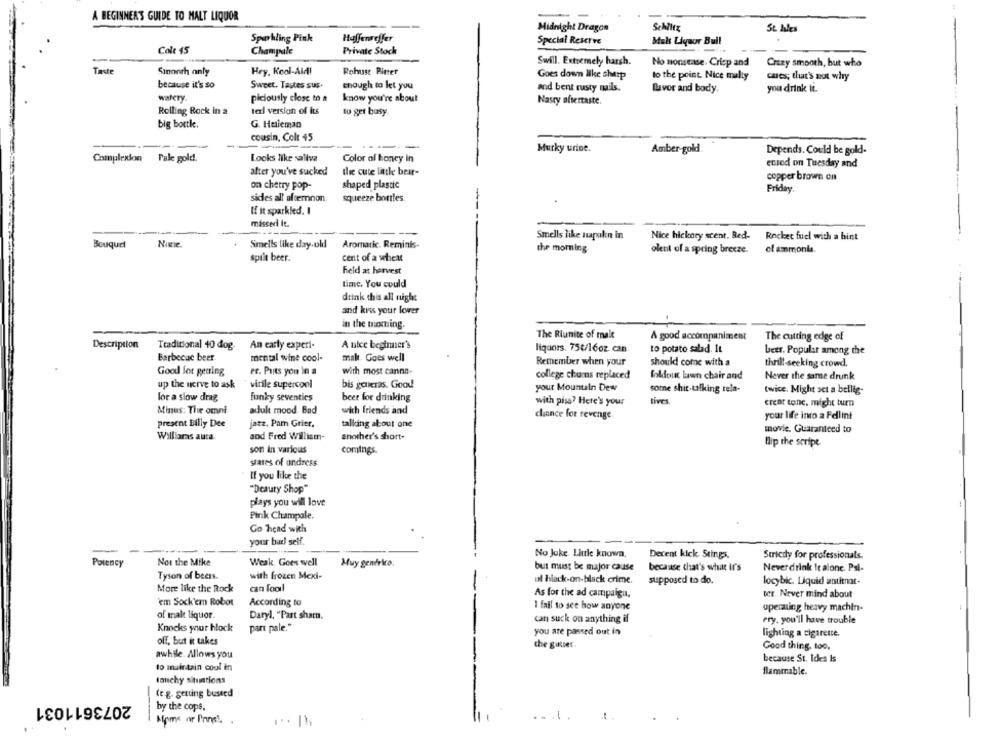
A BEGINNER'S GUIDE TO MALT LIQUOR
Midnight Dragon
Schiltz
St. hles
Sparkling Pink
Haffenreffer
Special Reserve
Malt Liquor Bull
Cole 45
Champale
Private Stock
Swill. Extremely harsh.
No nonsense. Crisp and
Crazy smooth, but who
Taste
Sinonth anly
Hry. Kool-Aid!
Robust Ritter
Goes down like sharp
to the point. Nice malty
cues; that's not why
because it's so
Sweet. Tastes suş.
though to let you
and bent rusty mails.
favor and body.
you drink it.
wafery.
piciously close to a
know you're about
Nasry aftertaste.
Rolling Rock in a
tal version of its
to get busy
big bottle.
G. Heleman
cousin, Colt 45.
Murky urine.
Amber-gold
Depends. Could be gold-
Complexion Fale gold.
Looks like saliva
Color of honey in
ecsed on Tuesday and
after you've sucked
the cute little bear-
copper brown on
shaped plastic
on chetry pop-
Friday,
sides all afternoon
squeeze bortles
If it sparkled. I
missed it.
Smells like tapakn in
Nice hickory scent, Red-
Rocket fuel with a hint
None.
Smells like day-ohl
Aromatic. Reminis-
Bouquet
the morning.
olent of a spring breeze.
of ammonia.
spilt beer.
cent of a wheat
Feld at harvest
time. You could
dtink this all night
and kiss your lover
in the moming.
The Riunite of male
A good accompaniment
The cutting edge of
Description
Traditional 40 dog.
An early experi-
A nice beginner's
liqueurs. 754/16oz can
to potato salad. It
Barbecue beer
mental wine cool-
mak. Goes well
beer. Popular among the
Remember when your
should come with a
thrill-seeking crowd.
Good for gearing
er. Puts you In a
with most canna-
college chums replaced
Soldout lawn chair and
Never the same drunk
up the nerve to ask
virile supercool
bis goteras. Good
your Mountain Dew
some shit-talking tela-
twice. Might sct a bellig-
for a slow drag
funky seventies
beer for drinking
with piss? Here's your
tives
creat tone, might turn
Minus: Thie omni
adult mood. Bad
with friends and
chance for revenge.
your life into a Fellint
present Billy Dee
jatz. Pam Grier.
talking about one
movie. Guaranteed to
Williams aura
and Fred Willism-
another's short-
Hip the script
son in various
comings.
stases of undress.
If you like the
"Deaury Shop"
plays you will love
Pink Champale.
Go head with
your bud self.
No Joke Little knowa.
Decent kick. Stings.
Strictly for professionals.
Potency
Not the Mike
Weak. Goes well
Muy generkra.
but must be major cause
because that's what it's
Never drink It alone. Psi-
Tyson of beers.
with frozen Mexi-
ul black-on-black crime.
can fooil
supposed to do.
locybic. Liquid zutinat-
More like the Rock
As for the ad campaign,
ter. Never mind about
em Sock'em Robot
According to
I fail to see how anyone
uperaung heavy machin-
of malt liquor.
Daryl, "Part sharn.
can suck on anything if
ery. you'll have trouble
Knocks your hlock
part pale."
you are passed out in
lighting a cigarette.
off, but it takes
che gouver.
Good thing, too.
awhile. Allows you
because St. Ides Is
to maintain cool in
flammable.
touchy situations
(e.g. setuing busted
2073611031
by the cops,
Home or Prins !. .
..
1.